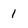
Character: 1